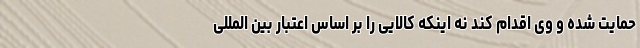
حمایت شده و وی اقدام کند نه اینکه کالایی را بر اساس اعتبار بین المللی